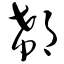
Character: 郗